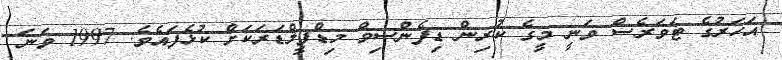
އަހަރުގެ ޓަވަރެސް ވަނީ މީގެ ކުރިން ޑިފެންސިވް މިޑްފީލްޑަރަކަށް ކުޅެފައެވެ. 1997 ވަނަ